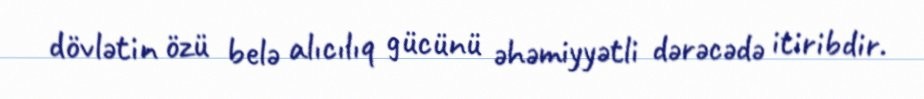
dövlətin özü belə alıcılıq gücünü əhəmiyyətli dərəcədə itiribdir.